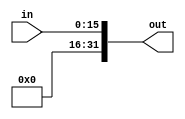
module signExtend(in,out); //16 bit shift
input [15:0] in;
output [31:0] out;

	assign out[31:16] = 1'b0;
	assign out[15:0] = in[15:0];

endmodule